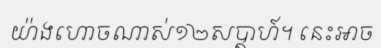
យ៉ាងហោចណាស់១២សប្តាហ៍។ នេះអាច